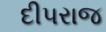
દીપરાજ